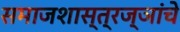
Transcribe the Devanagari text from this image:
समाजशास्त्रज्ञांचे